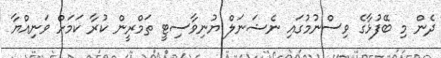
ދެން މި ބޭފުޅާގެ ވިސްނުމުގައި ނެޝަނަލް ޔުނިވާސިޓީ ތަމްރީން ކުރާ ކަމަށް ވަނިއްޔާ